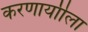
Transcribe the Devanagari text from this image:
करणार्याीला